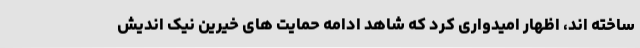
ساخته اند، اظهار امیدواری کرد که شاهد ادامه حمایت های خیرین نیک اندیش